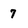
Character: 7